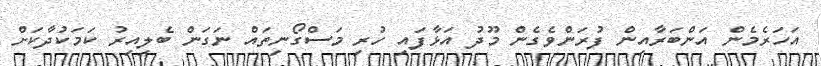
އަހަރެމެން އަންބަރާއިން ފުރަންވެގެން މޫދު އަޅާފައި ހުރި މަސްގޯނިތައް ނަގަން ބެލިއިރު ކަމަކުދާކަށް